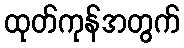
ထုတ်ကုန်အတွက်